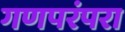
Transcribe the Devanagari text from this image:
गणपरंपरा